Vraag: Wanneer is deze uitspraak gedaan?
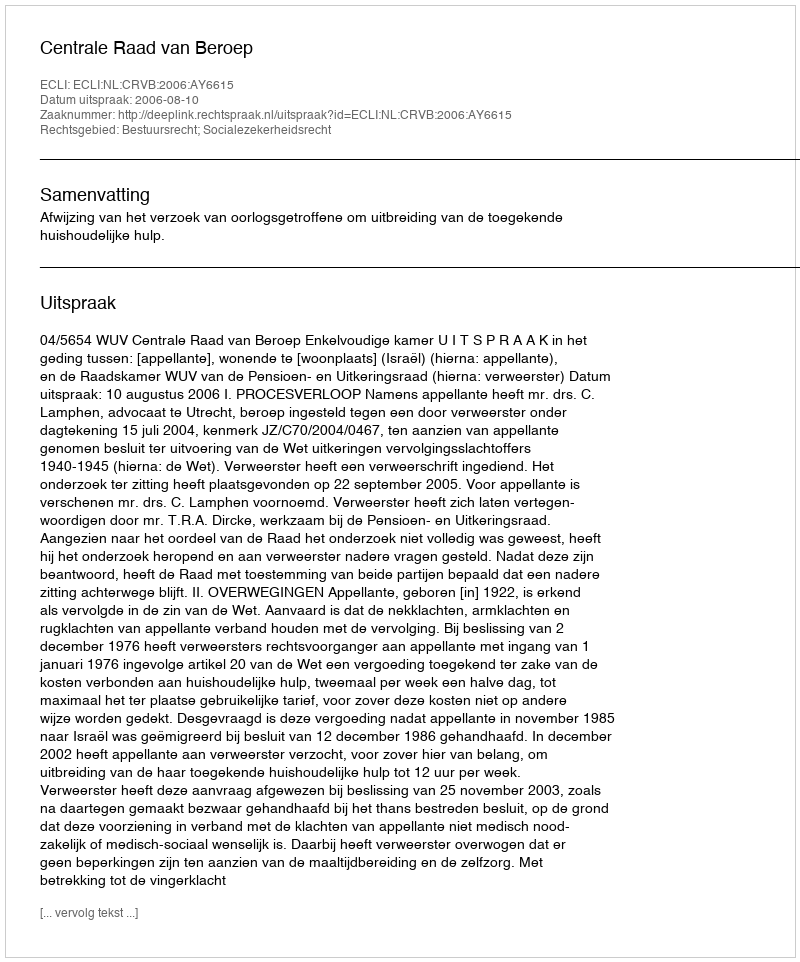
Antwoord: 2006-08-10